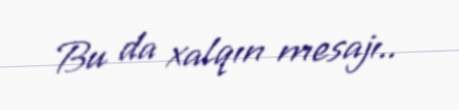
Bu da xalqın mesajı..